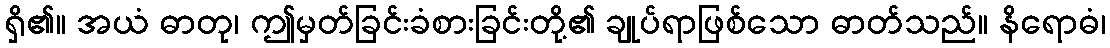
ရှိ၏။ အယံ ဓာတု၊ ဤမှတ်ခြင်းခံစားခြင်းတို့၏ ချုပ်ရာဖြစ်သော ဓာတ်သည်။ နိရောဓံ၊